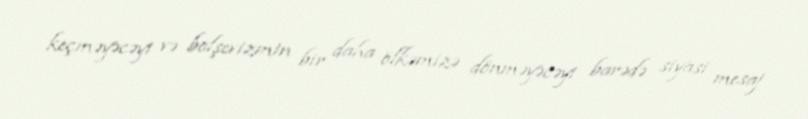
keçməyəcəyi və bolşevizmin bir daha ölkəmizə dönməyəcəyi barədə siyasi mesaj